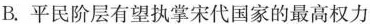
B.平民阶层有望执掌宋代国家的最高权力